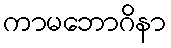
ကာမဘောဂိနာ